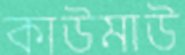
কাউমাউ